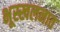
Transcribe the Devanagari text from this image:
भूस्खलनात